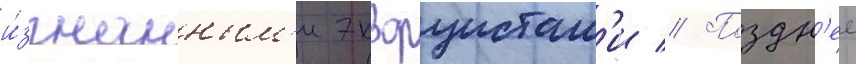
и́згнанным'и экзорцистам'и // Поздн'ее